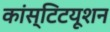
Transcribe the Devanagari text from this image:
कांस्टिटयूशन